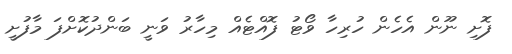
ފޮށި ނޫން އެހެން ހުރިހާ ވޯޓު ފޮއްޓެއް މިހާރު ވަނީ ބަންދުކޮށްފަ މާފުށީ